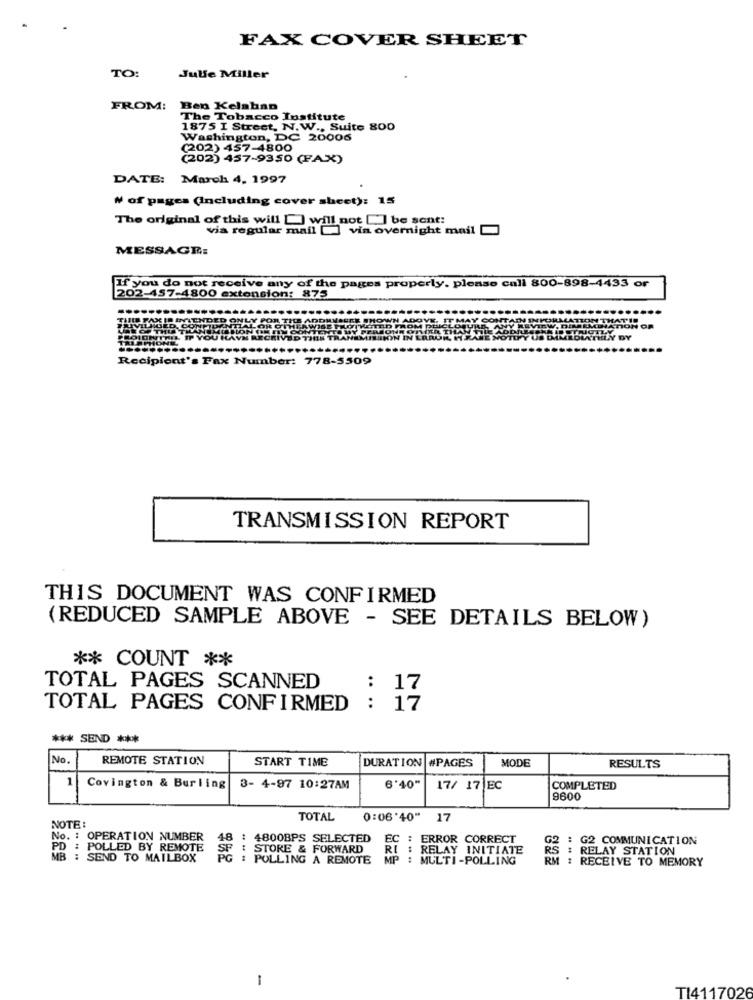
FAX COVER SHEET
TO:
Julie Miller
FROM:
Ben Kelaban
The Tobacco Institute
1875 I Street, N.W ., Suite 800
Washington, DC 20006
(202) 457-4800
(202) 457-9350 (FAX)
DATE:
March 4, 1997
₦ of pages (Including cover sheet): 15
The original of this will [] will not [] be sent:
via regular mail [ vin overnight mail
MESSAGE:
If you do not receive any of the pages properly. please call 800-898-4433 or
202-457-4800 extension: 875
FORM
Recipien
". Fax Number: 778-5509
TRANSMISSION REPORT
THIS DOCUMENT WAS CONFIRMED
(REDUCED SAMPLE ABOVE - SEE DETAILS BELOW)
** COUNT **
TOTAL PAGES SCANNED
: 17
TOTAL PAGES CONFIRMED : 17
*** SEND ***
No.
REMOTE STATION
START TIME
MODE
RESULTS
DURATION #PAGES
1
Covington & Burling
3- 4-97 10:27AM
6'40"
17/ 17 EC
COMPLETED
9600
NOTE:
TOTAL
0:06'40"
17
No. : OPERATION NUMBER
18
: 4800BPS SELECTED
EC : ERROR CORRECT
: G2 COMMUNICATION
PD : POLLED BY REMOTE
: STORE & FORWARD
RE : RELAY INITIATE
RELAY STATION
MB : SEND TO MAILBOX
: POLLING A REMOTE
MP :
MULTI-POLLING
1 : RECEIVE TO MEMORY
1
TI4117026